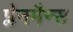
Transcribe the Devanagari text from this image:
प्लेनमैन्स